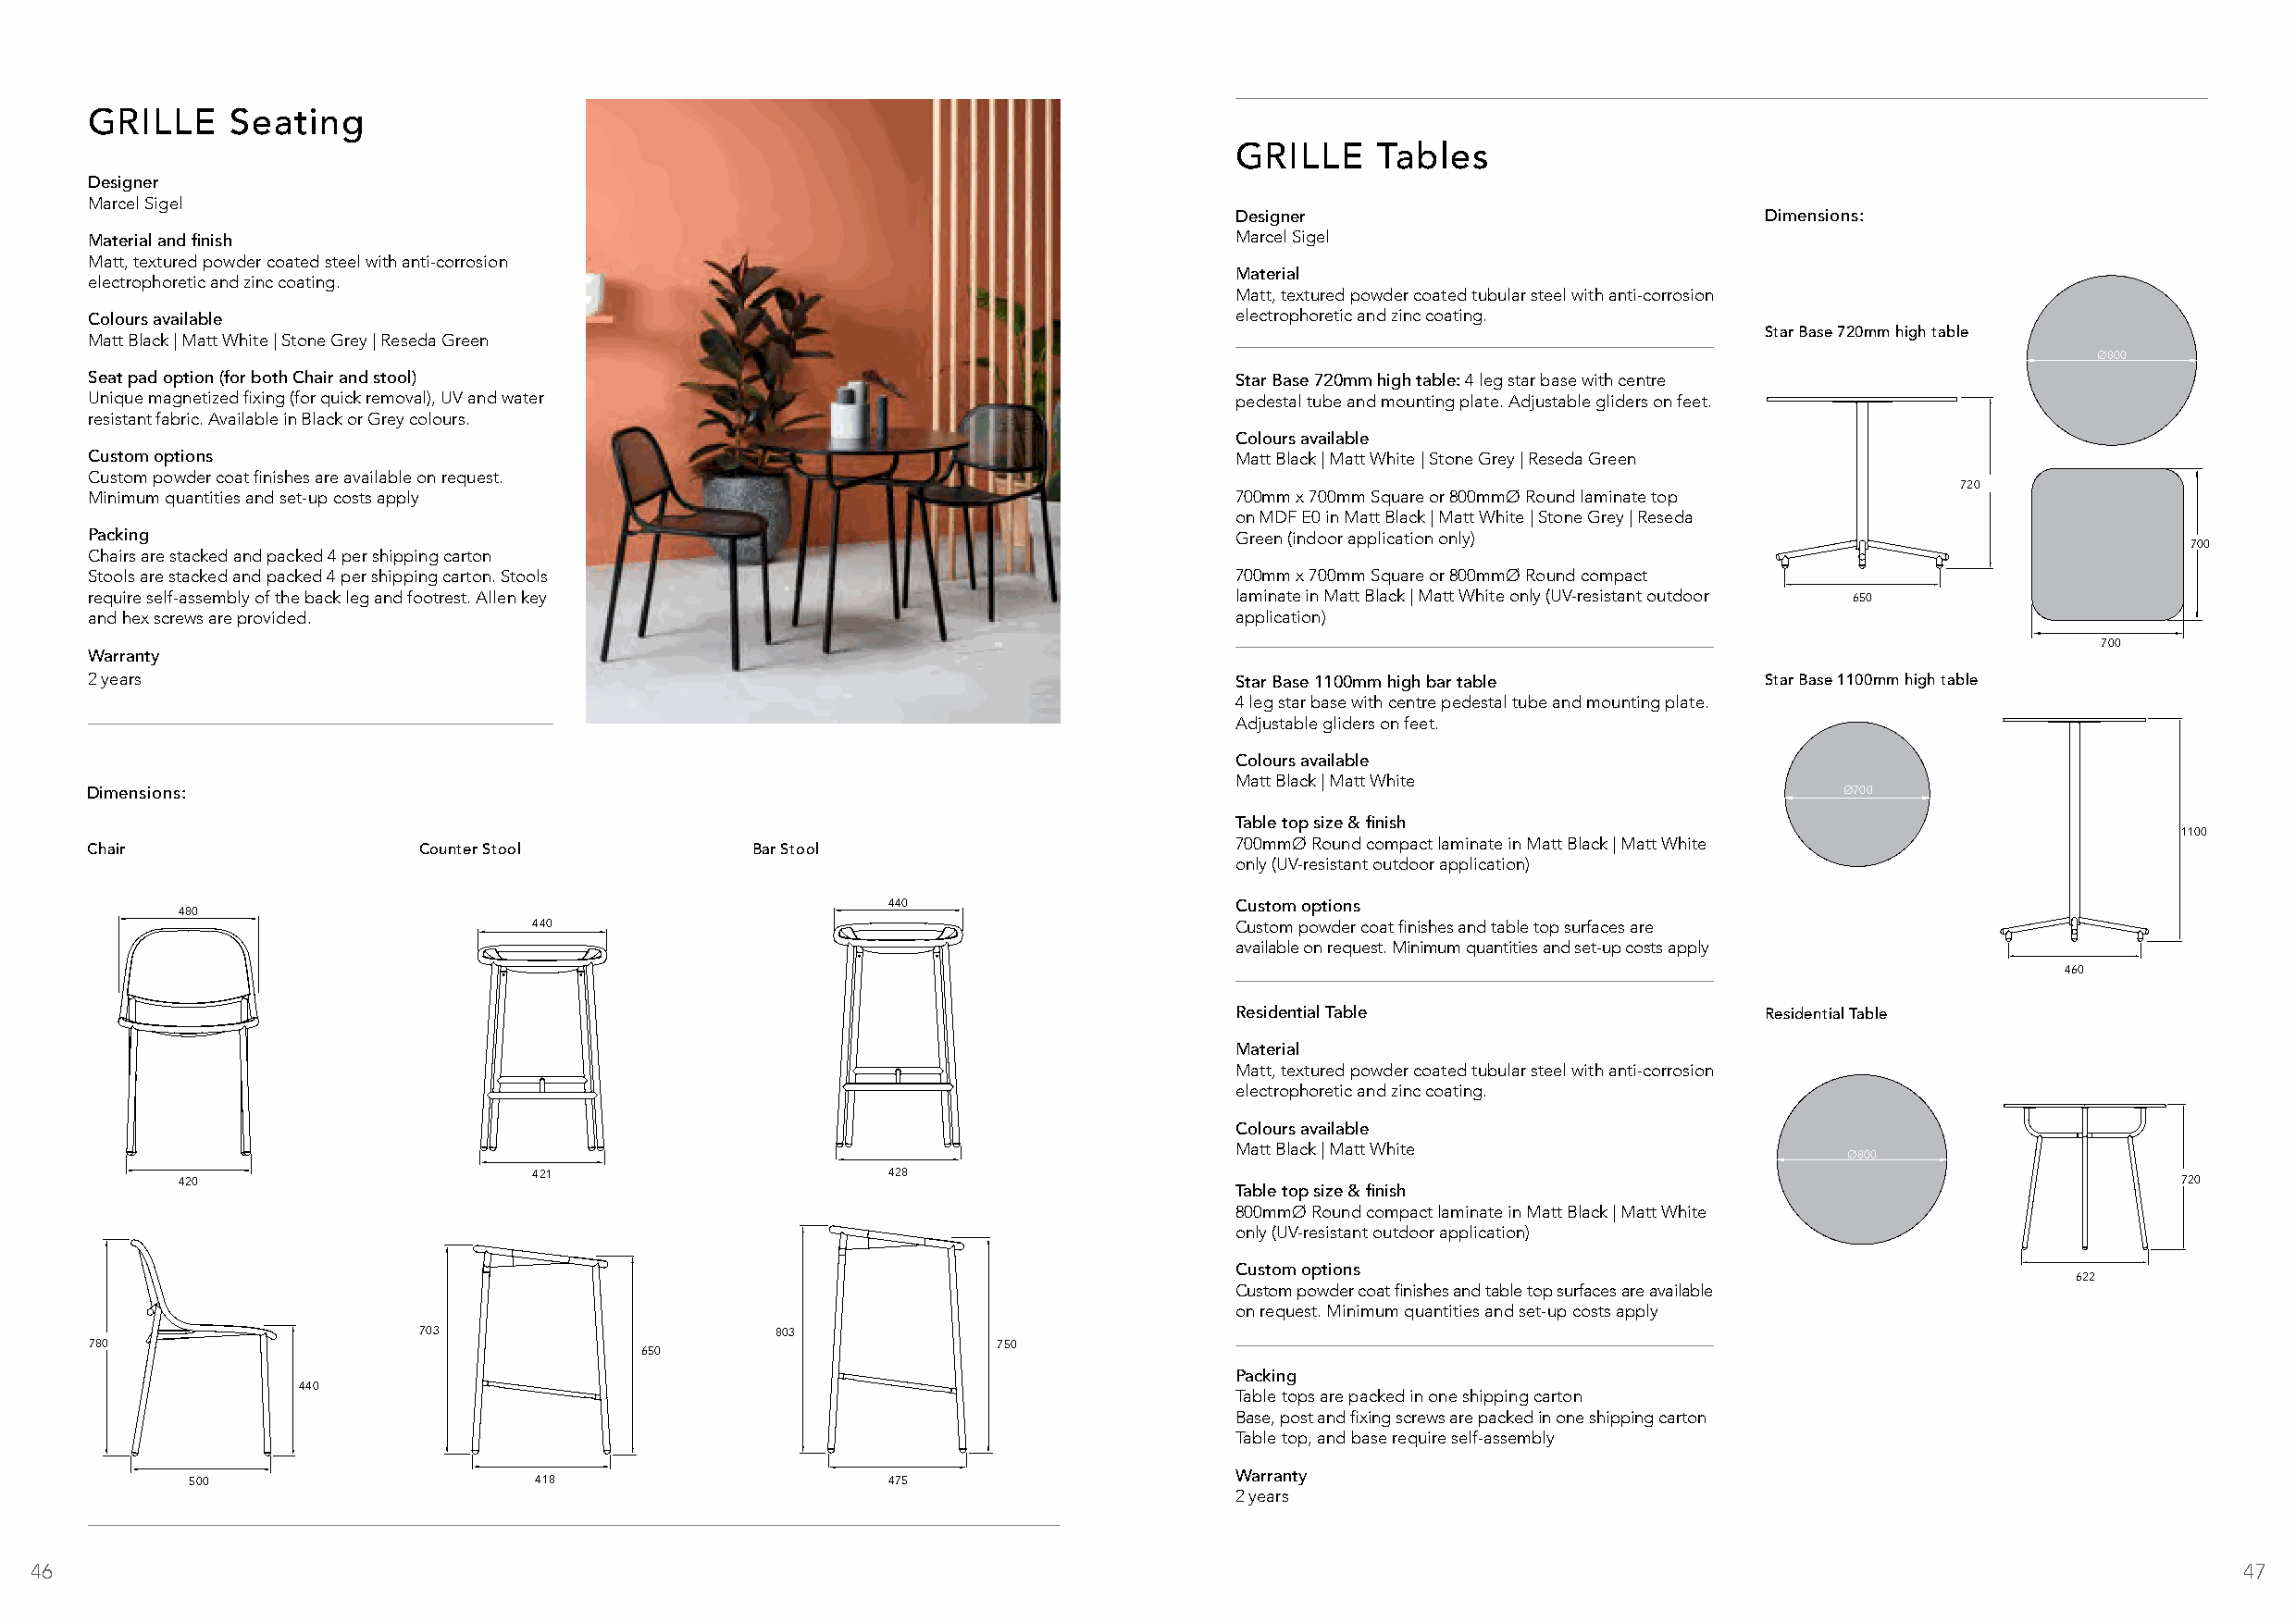
GRILLE    Seating
 GRILLE     Tables
 Designer
 Marcel Sigel
 Designer                              Dimensions:
 Marcel Sigel
 Material and finish
 Matt, textured powder coated steel with anti-corrosion
 electrophoretic and zinc coating.                                                 Material
 Matt, textured powder coated tubular steel with anti-corrosion
 electrophoretic and zinc coating.
 Colours available
 Matt Black | Matt White | Stone Grey | Reseda Green                                                                     Star Base 720mm high table
 Ø800
 Seat pad option (for both Chair and stool)                                        Star Base 720mm high table: 4 leg star base with centre
 Unique magnetized fixing (for quick removal), UV and water                        pedestal tube and mounting plate. Adjustable gliders on feet.
 resistant fabric. Available in Black or Grey colours.
 Colours available
 Custom options                                                                    Matt Black | Matt White | Stone Grey | Reseda Green
 Custom powder coat finishes are available on request.
 720
 Minimum quantities and set-up costs apply                                         700mm x 700mm Square or 800mmØ Round laminate top
 on MDF E0 in Matt Black | Matt White | Stone Grey | Reseda
 Packing                                                                           Green (indoor application only)
 700
 Chairs are stacked and packed 4 per shipping carton
 Stools are stacked and packed 4 per shipping carton. Stools                       700mm x 700mm Square or 800mmØ Round compact
 require self-assembly of the back leg and footrest. Allen key                     laminate in Matt Black | Matt White only (UV-resistant outdoor 650
 and hex screws are provided.                                                      application)
 700
 Warranty
 2 years                                                                           Star Base 1100mm high bar table       Star Base 1100mm high table
 4 leg star base with centre pedestal tube and mounting plate.
 Adjustable gliders on feet.
 Colours available
 Matt Black | Matt White
 Dimensions:                                                                                                                   Ø700
 Table top size & finish
 1100
 700mmØ Round compact laminate in Matt Black | Matt White
 Chair                   Counter Stool           Bar Stool
 only (UV-resistant outdoor application)
 480                                                440                     Custom options
 440                                               Custom powder coat finishes and table top surfaces are
 available on request. Minimum quantities and set-up costs apply
 460
 Residential Table                     Residential Table
 Material
 Matt, textured powder coated tubular steel with anti-corrosion
 electrophoretic and zinc coating.
 Colours available
 Matt Black | Matt White
 Ø800
 420                      421                       428                                                                                         720
 Table top size & finish
 800mmØ Round compact laminate in Matt Black | Matt White
 only (UV-resistant outdoor application)
 Custom options
 622
 Custom powder coat finishes and table top surfaces are available
 on request. Minimum quantities and set-up costs apply
 703                      803
 780                                                              750
 650
 Packing
 440
 Table tops are packed in one shipping carton
 Base, post and fixing screws are packed in one shipping carton
 Table top, and base require self-assembly
 500                     418                       475                     Warranty
 2 years
 46                                                                                                                                                            47